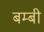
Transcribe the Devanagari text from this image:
बम्बी